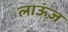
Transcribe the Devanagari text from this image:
लाऊंज़